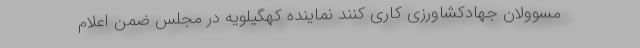
مسوولان جهادکشاورزی کاری کنند نماینده کهگیلویه در مجلس ضمن اعلام